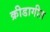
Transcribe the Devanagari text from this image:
क्रीडागीत